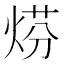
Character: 𤊈